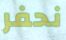
نحفر